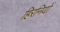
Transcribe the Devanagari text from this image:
हिरनियों